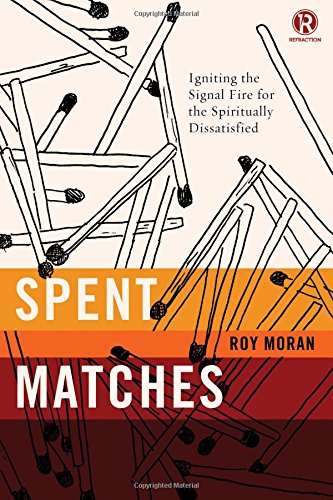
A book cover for Spent Matches: Igniting the Signal Fire for the Spiritually Dissatisfied (Refraction); Roy Moran; Christian Books & Bibles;